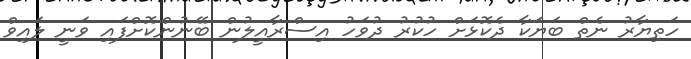
ހަތިޔާރު ނެތް ބަޔަކާ ދެކޮޅަށް ހުކުރު ދުވަހު އިސްރާއީލުން ބޭނުންކޮށްފައި ވަނީ ލައިވް